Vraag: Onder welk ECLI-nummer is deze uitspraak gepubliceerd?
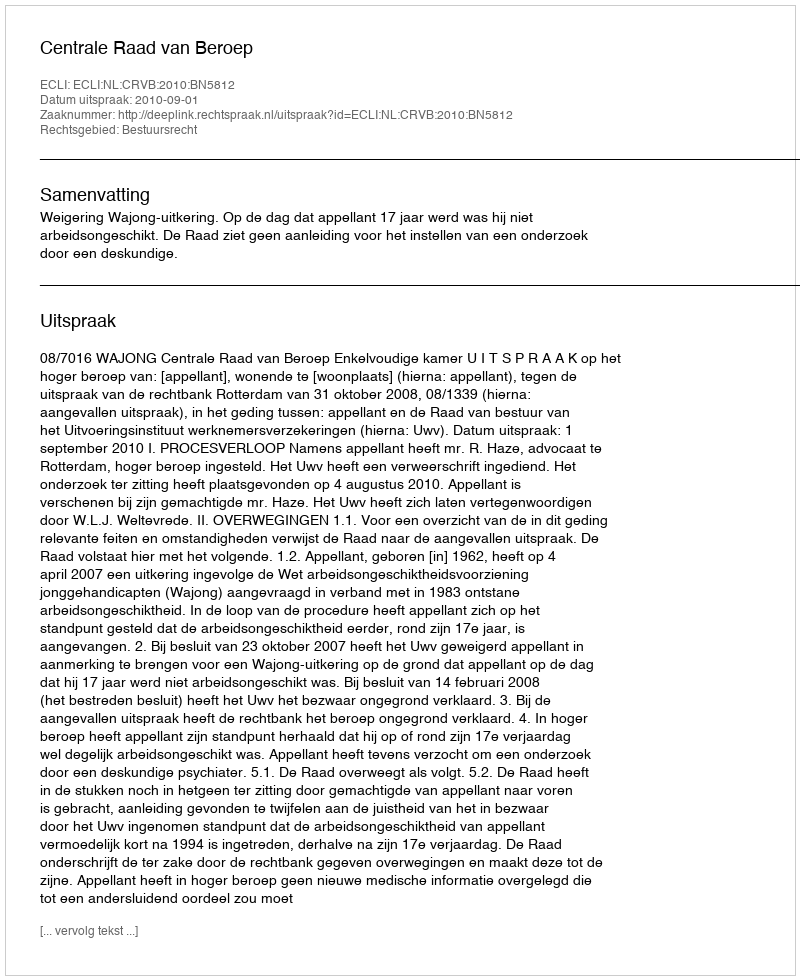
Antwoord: ECLI:NL:CRVB:2010:BN5812